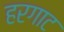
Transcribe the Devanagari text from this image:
हरगाट